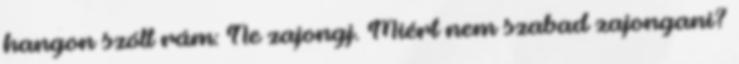
hangon szólt rám: Ne zajongj. Miért nem szabad zajongani?